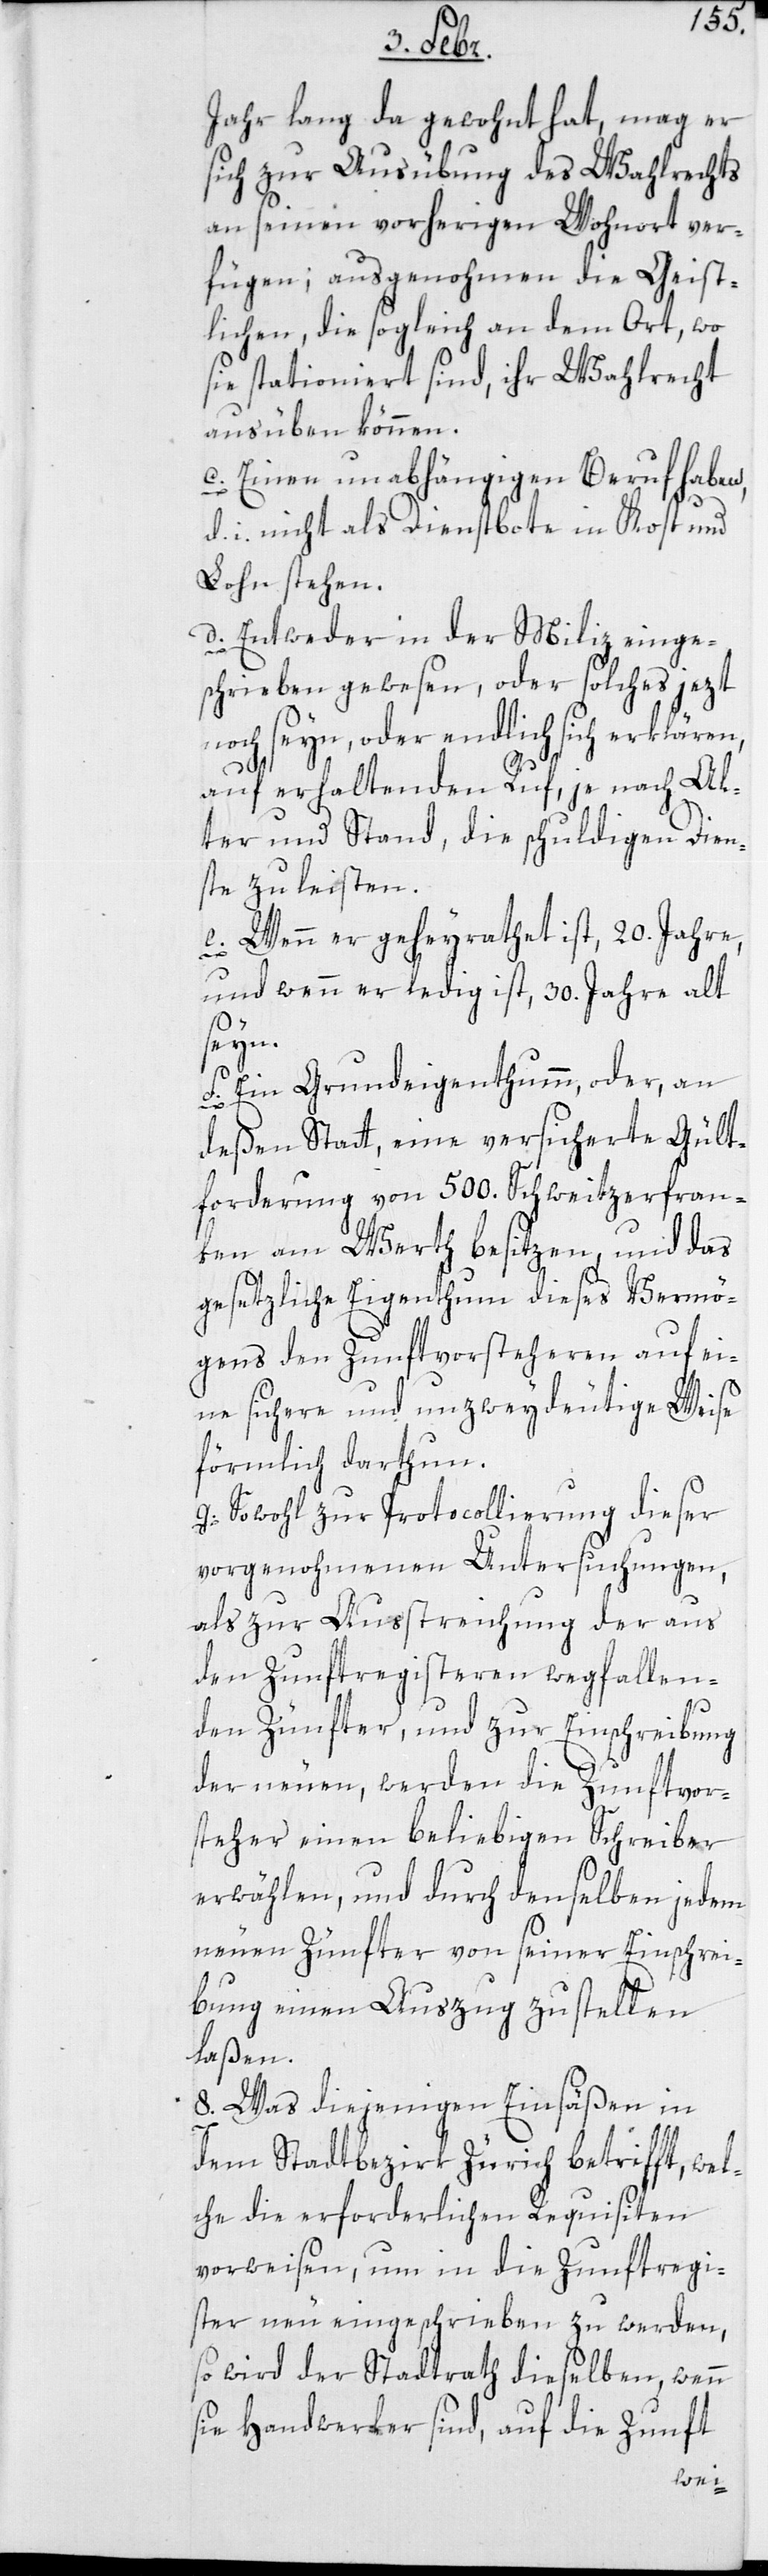
Jahr lang da gewohnt hat, mag er
sich zur Ausübung des Wahlrechts
an seinen vorherigen Wohnort ver¬
fügen; ausgenohmen die Geist¬
lichen, die sogleich an dem Ort, wo
sie stationiert sind, ihr Wahlrecht
ausüben können.
c. Einen unabhängigen Beruf haben,
d. i. nicht als Dienstboten in Kost und
Lohn stehen.
d. Entweder in der Miliz einge¬
schrieben gewesen, oder solches jezt
noch sein, oder endlich sich erklären,
auf erhaltenden Ruf, je nach Al¬
ter und Stand, die schuldigen Dien¬
ste zu leisten.
e. Wenn er geheyratet ist, 20. Jahre;
und wenn er ledig ist, 30. Jahre alt
sein.
f. Ein Grundeigenthumm oder an
deßen Statt, eine versicherte Gült¬
forderung von 500. Schweitzerfran¬
ken am Werth besitzen, und das
gesetzliche Eigenthum dieses Vermö¬
gens den Zunftvorsteheren auf ei¬
ne sichere und unzweydeutige Weise
förmlich darzutun.
g. Sowohl zur Protocollierung dieser
vorgenohmenen Untersuchungen,
als zur Ausstreichung der aus
den Zunftregisteren wegfallen¬
den Zünfter und zur Einschreibung
der neuen, werden die Zunftvor¬
steher einen beliebigen Schreiber
erwählen, und durch denselben jedem
neuen Zünfter von seiner Einschrei¬
bung einen Auszug zustellen
laßen.
8. Was diejenigen Einsäßen in
dem Stadtbezirk Zürich betrifft, wel¬
che die erforderlichen Requisiten
vorweisen, um in die Zunftregi¬
ster neu eingeschrieben zu werden,
so wird der Stadtrath dieselben, wenn
sie Handwerker sind, auf die Zunft